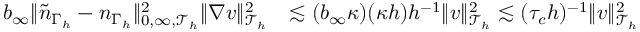
\begin{array} { r l } { b _ { \infty } \| \widetilde { n } _ { { \Gamma _ { h } } } - n _ { { \Gamma _ { h } } } \| _ { 0 , \infty , \mathcal { T } _ { h } } ^ { 2 } \| \nabla v \| _ { \mathcal { T } _ { h } } ^ { 2 } } & { \lesssim ( b _ { \infty } \kappa ) ( \kappa h ) h ^ { - 1 } \| v \| _ { \mathcal { T } _ { h } } ^ { 2 } \lesssim ( \tau _ { c } h ) ^ { - 1 } \| v \| _ { \mathcal { T } _ { h } } ^ { 2 } } \end{array}